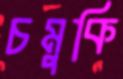
চমুকি